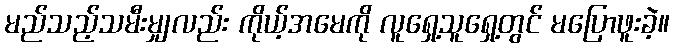
မည်သည့်သမီးမျှလည်း ကိုယ့်အမေကို လူရှေ့သူရှေ့တွင် မပြောဖူးခဲ့။